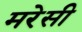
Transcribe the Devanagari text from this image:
मरेसी